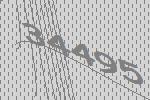
34495